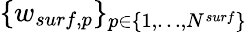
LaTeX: \{ w_{surf,p}\} _{p\in\{ 1,\dots,N^{surf}\} }